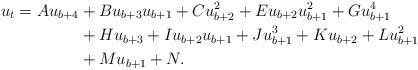
LaTeX: \begin{align*}u_t= Au_{b+4} &+Bu_{b+3}u_{b+1}+Cu_{b+2}^2+Eu_{b+2}u_{b+1}^2 +Gu_{b+1}^4\\&+ Hu_{b+3}+Iu_{b+2}u_{b+1} +Ju_{b+1}^3+Ku_{b+2}+Lu_{b+1}^2 \\&+Mu_{b+1}+N.\end{align*}